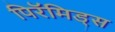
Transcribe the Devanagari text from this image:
पिरॅमिड्स